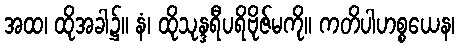
အထ၊ ထိုအခါ၌။ နံ၊ ထိုသုန္ဒရီပရိဗိုဇ်မကို။ ကတိပါဟစ္စယေန၊